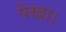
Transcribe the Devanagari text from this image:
पेखा।